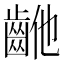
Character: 𱌝